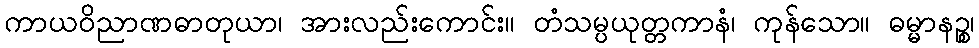
ကာယဝိညာဏဓာတုယာ၊ အားလည်းကောင်း။ တံသမ္ပယုတ္တကာနံ၊ ကုန်သော။ ဓမ္မာနဉ္စ၊